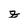
Character: Z